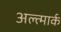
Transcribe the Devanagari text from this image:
अल्त्मार्क